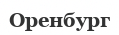
Оренбург